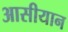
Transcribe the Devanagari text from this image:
आसीयान